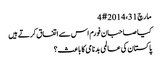
‏مارچ 31، 2014 #4
کیا صاحبان فورم اس سے اتفاق کرتے ہیں
پاکستان کی عالمی بدنامی کا باعث؟